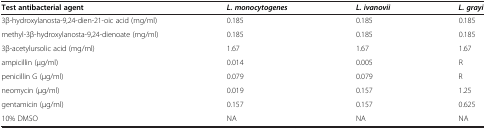
<table><thead><tr><td><b>Test antibacterial agent</b></td><td><b><i>L. monocytogenes</i></b></td><td><b><i>L. ivanovii</i></b></td><td><b><i>L. grayi</i></b></td></tr></thead><tbody><tr><td>3β-hydroxylanosta-9,24-dien-21-oic acid (mg/ml)</td><td>0.185</td><td>0.185</td><td>0.185</td></tr><tr><td>methyl-3β-hydroxylanosta-9,24-dienoate (mg/ml)</td><td>0.185</td><td>0.185</td><td>0.185</td></tr><tr><td>3β-acetylursolic acid (mg/ml)</td><td>1.67</td><td>1.67</td><td>1.67</td></tr><tr><td>ampicillin (μg/ml)</td><td>0.014</td><td>0.005</td><td>R</td></tr><tr><td>penicillin G (μg/ml)</td><td>0.079</td><td>0.079</td><td>R</td></tr><tr><td>neomycin (μg/ml)</td><td>0.019</td><td>0.157</td><td>1.25</td></tr><tr><td>gentamicin (μg/ml)</td><td>0.157</td><td>0.157</td><td>0.625</td></tr><tr><td>10% DMSO</td><td>NA</td><td>NA</td><td>NA</td></tr></tbody></table>